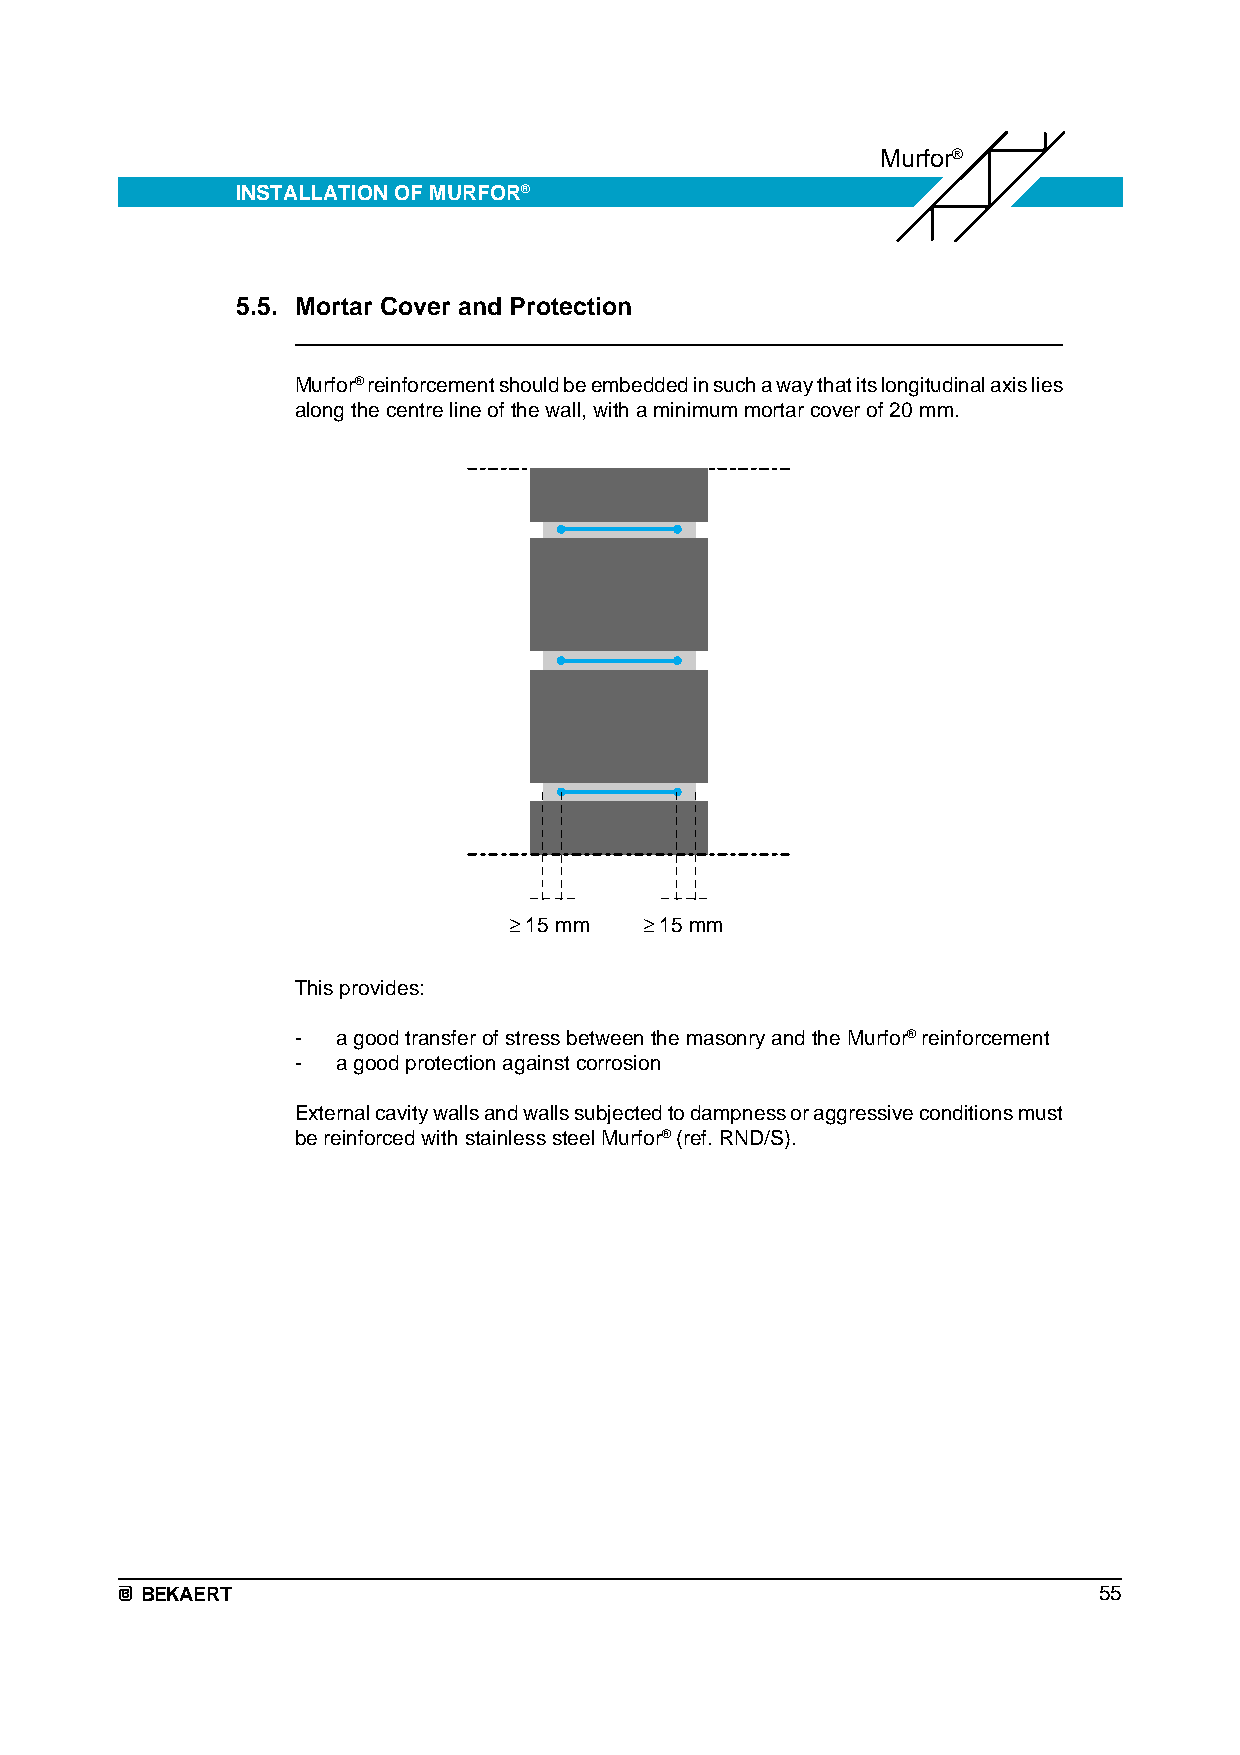
Murfor®
 INSTALLATION OF MURFOR®
 5.5. Mortar Cover and Protection
 Murfor® reinforcement should be embedded in such a way that its longitudinal axis lies
 along the centre line of the wall, with a minimum mortar cover of 20 mm.
 ≥ 15 mm  ≥ 15 mm
 This provides:
 - a good transfer of stress between the masonry and the Murfor® reinforcement
 - a good protection against corrosion
 External cavity walls and walls subjected to dampness or aggressive conditions must
 be reinforced with stainless steel Murfor® (ref. RND/S).
 BEKAERT                                                         55